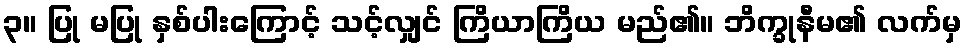
၃။ ပြု မပြု နှစ်ပါးကြောင့် သင့်လျှင် ကြိယာကြိယ မည်၏။ ဘိက္ခုနီမ၏ လက်မှ